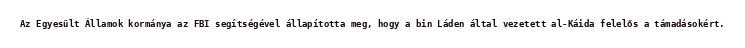
Az Egyesült Államok kormánya az FBI segítségével állapította meg, hogy a bin Láden által vezetett al-Káida felelős a támadásokért.